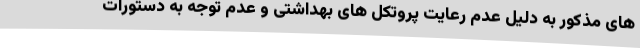
های مذکور به دلیل عدم رعایت پروتکل های بهداشتی و عدم توجه به دستورات